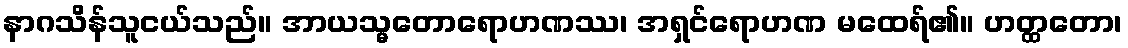
နာဂသိန်သူငယ်သည်။ အာယသ္မတောရောဟဏဿ၊ အရှင်ရောဟဏ မထေရ်၏။ ဟတ္ထတော၊